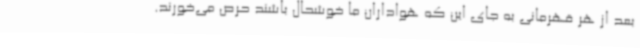
بعد از هر قهرمانی به جای این که هواداران ما خوشحال باشند حرص می‌خورند.